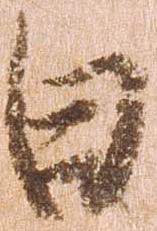
日